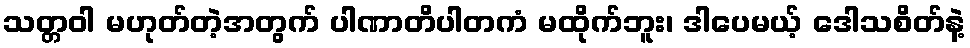
သတ္တဝါ မဟုတ်တဲ့အတွက် ပါဏာတိပါတကံ မထိုက်ဘူး၊ ဒါပေမယ့် ဒေါသစိတ်နဲ့